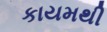
કાયમથી